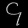
Digit: ၄